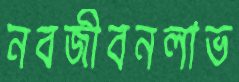
নবজীবনলাভ